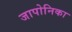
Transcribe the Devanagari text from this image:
जापोनिका